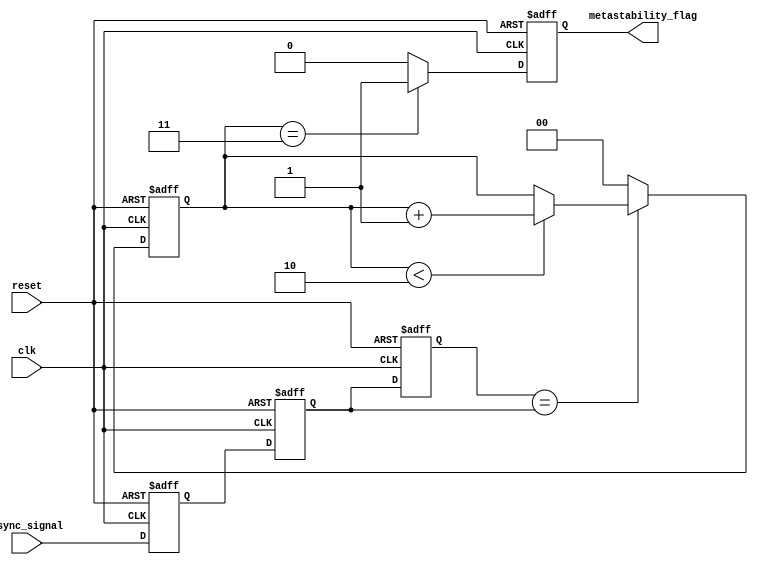
module MetastabilityDetector (
    input wire clk,              // Clock signal
    input wire async_signal,     // Asynchronous input signal to monitor
    input wire reset,            // Reset signal
    output reg metastability_flag // Output flag indicating metastability condition
);

    // Internal signals
    reg latch1_out;              // Output of the first latch
    reg latch2_out;              // Output of the second latch
    reg memory_block;            // Memory block to store the output of the second latch
    reg [1:0] stable_count;      // Counter to check stability

    // State Parameters
    parameter STABLE_THRESHOLD = 2'b11; // Threshold to indicate stable state
    parameter STABLE_CYCLES = 2;         // Number of stable cycles to confirm stability

    // Latch behavior for latch1
    always @(posedge clk or posedge reset) begin
        if (reset) begin
            latch1_out <= 1'b0; // Reset the latch
        end else begin
            latch1_out <= async_signal; // Sample the input signal
        end
    end

    // Latch behavior for latch2
    always @(posedge clk or posedge reset) begin
        if (reset) begin
            latch2_out <= 1'b0; // Reset the latch
        end else begin
            latch2_out <= latch1_out; // Sample the output of latch1
        end
    end

    // Memory block to store latch2 output
    always @(posedge clk or posedge reset) begin
        if (reset) begin
            memory_block <= 1'b0; // Reset the memory block
        end else begin
            memory_block <= latch2_out; // Store output of latch2
        end
    end

    // Metastability detection logic
    always @(posedge clk or posedge reset) begin
        if (reset) begin
            metastability_flag <= 1'b0; // Clear the metastability flag
            stable_count <= 2'b00;       // Reset stable counter
        end else begin
            if (memory_block == latch2_out) begin
                if (stable_count < STABLE_CYCLES) begin
                    stable_count <= stable_count + 1; // Increment stable count
                end
            end else begin
                stable_count <= 2'b00; // Reset stable count on transition
            end

            // Check for metastability condition based on stable_count
            if (stable_count == STABLE_THRESHOLD) begin
                metastability_flag <= 1'b1; // Flag metastability detected
            end else begin
                metastability_flag <= 1'b0; // Clear metastability flag
            end
        end
    end

endmodule